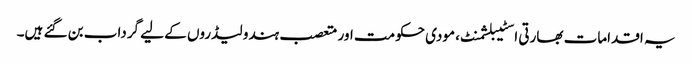
یہ اقدامات بھارتی اسٹیبلشمنٹ، مودی حکومت اور متعصب ہندو لیڈروں کے لیے گرداب بن گئے ہیں۔